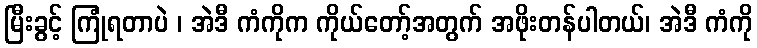
မြီးခွင့် ကြုံရတာပဲ ၊ အဲဒီ ကံကိုက ကိုယ်တော့်အတွက် အဖိုးတန်ပါတယ်၊ အဲဒီ ကံကို